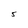
Character: 5